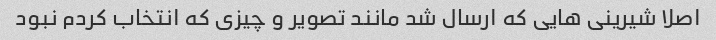
اصلا شیرینی هایی که ارسال شد مانند تصویر و چیزی که انتخاب کردم نبود